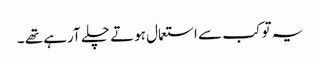
یہ تو کب سے استعمال ہوتے چلے آرہے تھے ۔